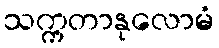
သက္ကတာနုလောမံ